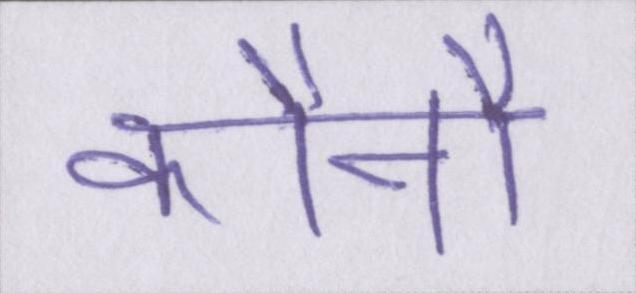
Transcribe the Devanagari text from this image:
कौनौ